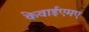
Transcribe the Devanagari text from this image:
केवाईएमए